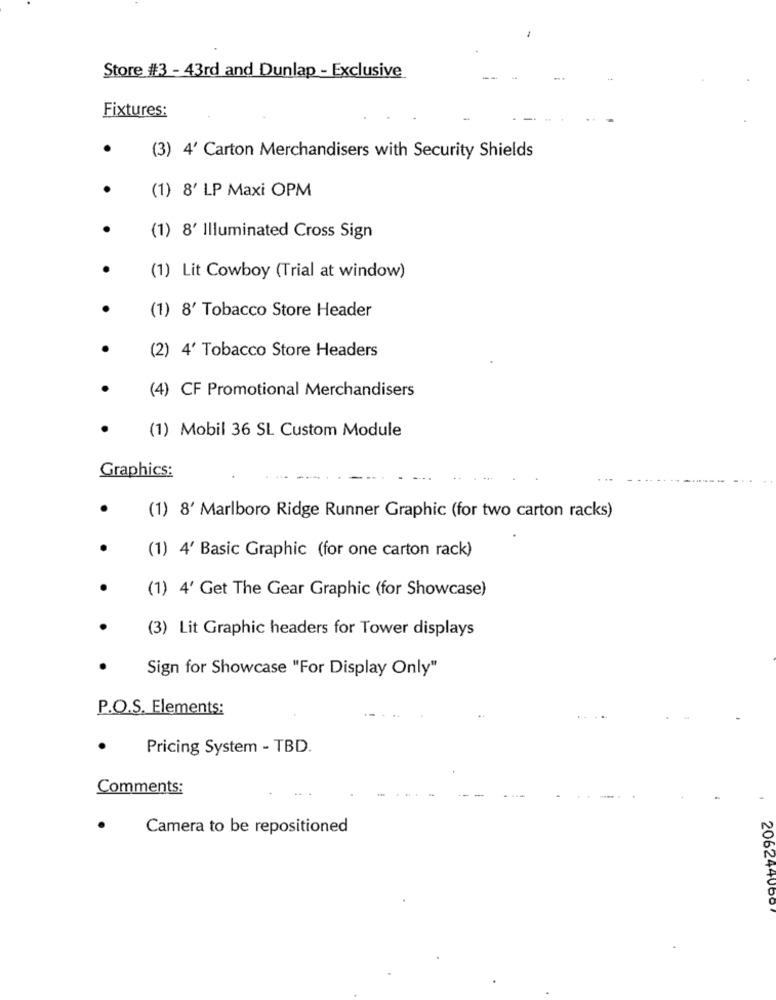
Store #3 - 43rd and Dunlap - Exclusive
Fixtures:
(3) 4' Carton Merchandisers with Security Shields
(1) 8' LP Maxi OPM
(1) 8' Illuminated Cross Sign
(1) Lit Cowboy (Trial at window)
(1) 8' Tobacco Store Header
(2) 4' Tobacco Store Headers
(4) CF Promotional Merchandisers
(1) Mobil 36 SL Custom Module
Graphics:
(1) 8' Marlboro Ridge Runner Graphic (for two carton racks)
(1) 4' Basic Graphic (for one carton rack)
(1) 4' Get The Gear Graphic (for Showcase)
(3) Lit Graphic headers for Tower displays
Sign for Showcase "For Display Only"
P.O.S. Elements:
Pricing System - TBD.
Comments:
.
Camera to be repositioned
206244060